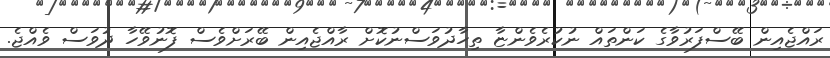
ރައްޖެއިން ބޭސްފަރުވާގެ ކަންތައް ނުކުރެވެންޏާ ތިހާދުވަސްނުކޮށް ރާއްޖެއިން ބޭރަށްވެސް ފޮނުވޭހާ ދުވަސް ވެއްޖެ.